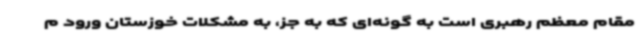
مقام معظم رهبری است به گونه‌ای که به جز، به مشکلات خوزستان ورود م